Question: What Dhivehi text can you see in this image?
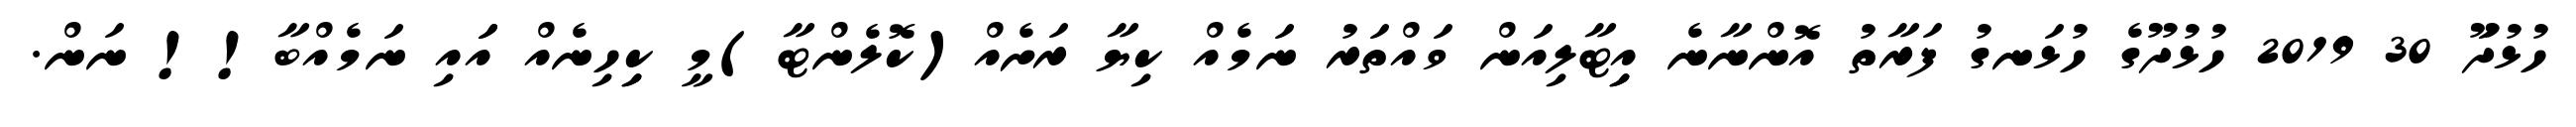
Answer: ހުޅުދަޫ 30 2019 ހުޅުދޫގެ ހުޅަނގު ފަރާތު އޮންނާނެ އިިޓާލިއަން ވައްތަރު ނަމެއް ކިޔާ ރަށެއް(ކޮލެންޓާ)މީ ކިިހިނެއް އަައި ނަމެއްބާ!! ނަން.